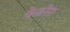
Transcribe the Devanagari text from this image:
केबरेरा